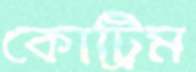
কোট্রিম